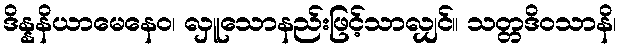
ဒိန္နနိယာမေနေဝ၊ လှူသောနည်းဖြင့်သာလျှင်။ သတ္တဒိဝသာနိ၊